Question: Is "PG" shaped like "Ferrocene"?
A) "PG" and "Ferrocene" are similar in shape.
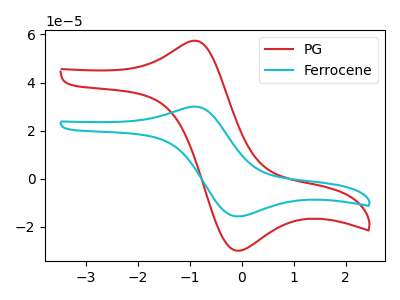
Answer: <think>The red curve "PG" has an anodic peak at (-0.95V, 57.25uA) and a cathodic peak at (-0.10V, -29.85uA). The cyan curve "Ferrocene" has an anodic peak at (-0.95V, 29.90uA) and a cathodic peak at (-0.10V, -15.60uA).
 All the peaks in "PG" have a peak in "Ferrocene" at the same potential. Every peak in "PG" is higher than every peak in "Ferrocene".</think>
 <answer>A) "PG" and "Ferrocene" are similar in shape.</answer>
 <eval>A</eval>